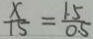
\frac { x } { 1 5 } = \frac { 1 . 5 } { 0 . 5 }